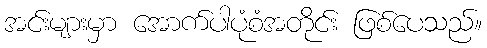
အင်းများမှာ အောက်ပါပုံစံအတိုင်း ဖြစ်ပေသည်။